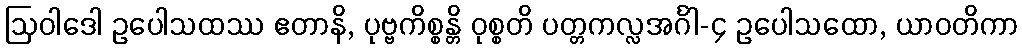
ဩဝါဒေါ ဥပေါသထဿ ဧတာနိ, ပုဗ္ဗကိစ္စန္တိ ဝုစ္စတိ ပတ္တကလ္လအင်္ဂါ-၄ ဥပေါသထော, ယာဝတိကာ